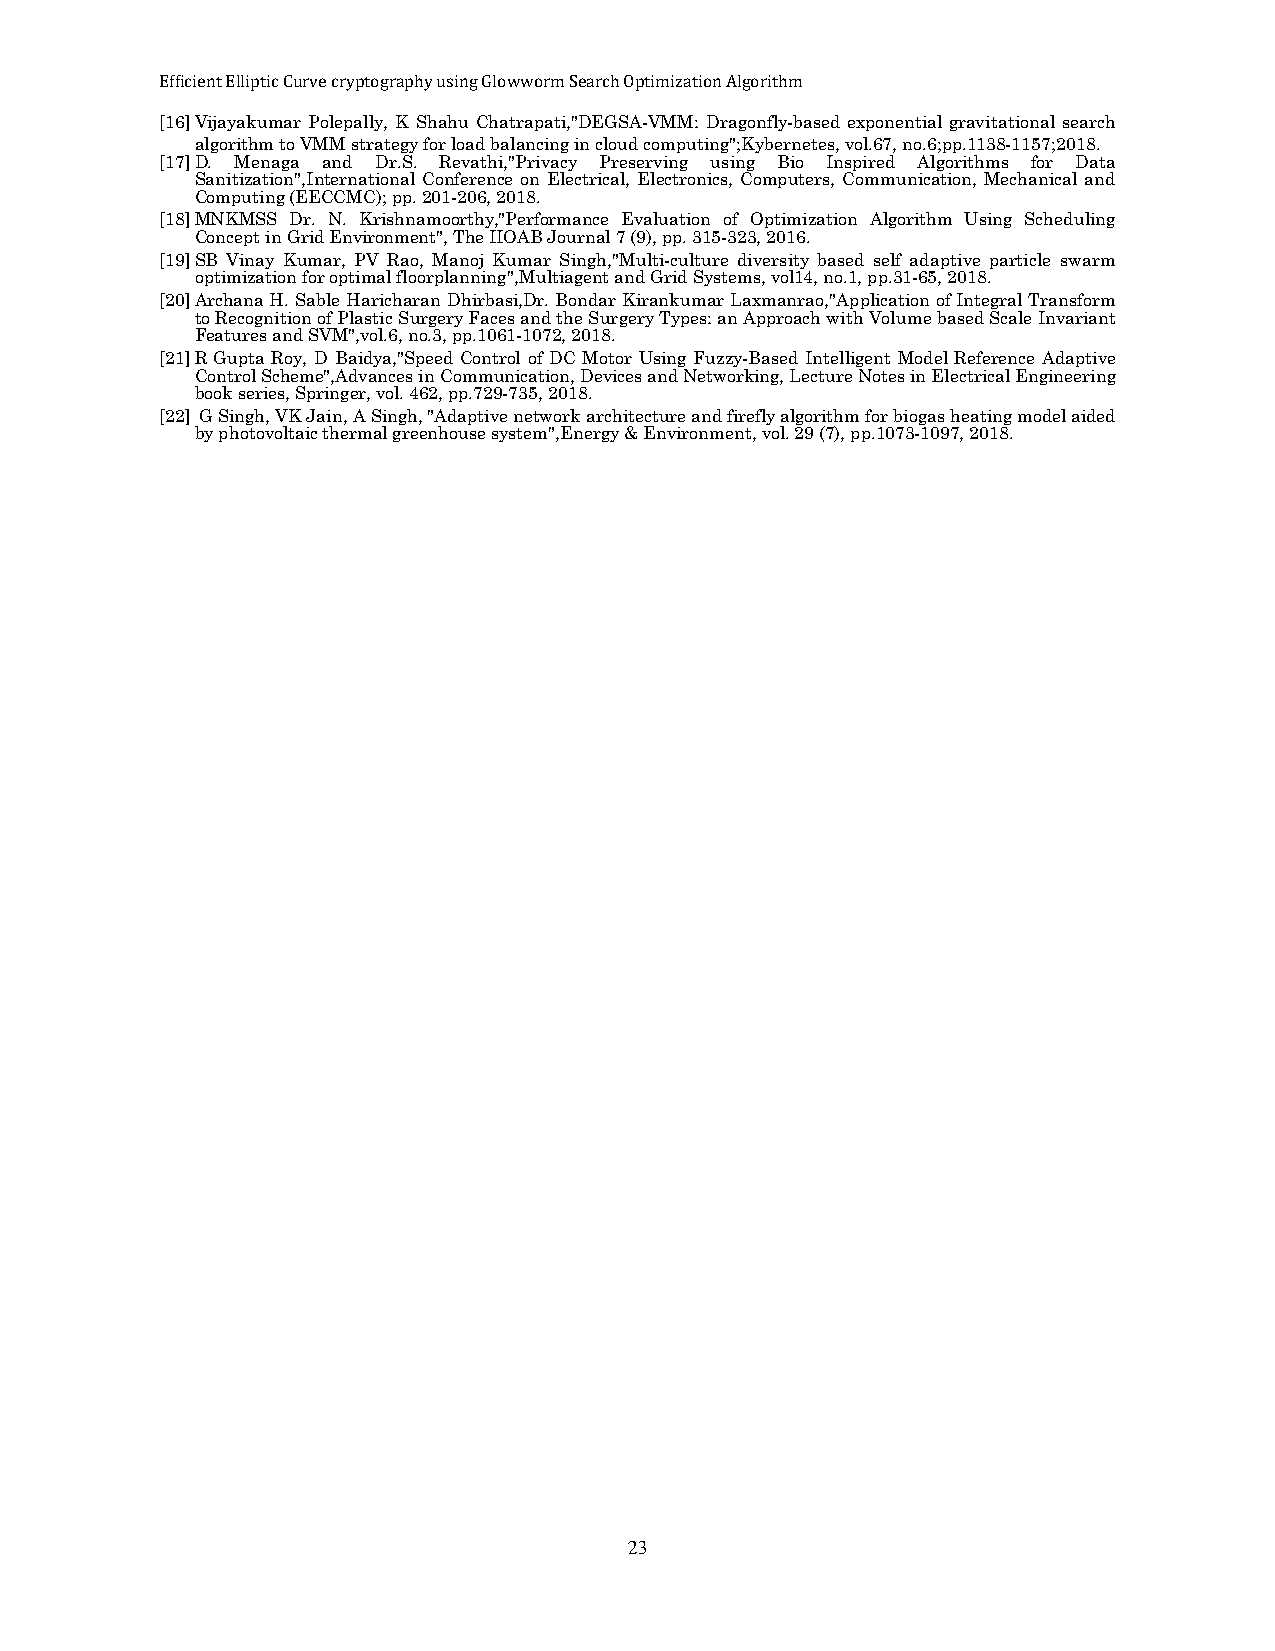
Efficient Elliptic Curve cryptography using Glowworm Search Optimization Algorithm
 [16] Vijayakumar Polepally, K Shahu Chatrapati,"DEGSA-VMM: Dragonfly-based exponential gravitational search
 algorithm to VMM strategy for load balancing in cloud computing";Kybernetes, vol.67, no.6;pp.1138-1157;2018.
 [17] D. Menaga and Dr.S. Revathi,"Privacy Preserving using Bio Inspired Algorithms for Data
 Sanitization",International Conference on Electrical, Electronics, Computers, Communication, Mechanical and
 Computing (EECCMC); pp. 201-206, 2018.
 [18] MNKMSS Dr. N. Krishnamoorthy,"Performance Evaluation of Optimization Algorithm Using Scheduling
 Concept in Grid Environment", The IIOAB Journal 7 (9), pp. 315-323, 2016.
 [19] SB Vinay Kumar, PV Rao, Manoj Kumar Singh,"Multi-culture diversity based self adaptive particle swarm
 optimization for optimal floorplanning",Multiagent and Grid Systems, vol14, no.1, pp.31-65, 2018.
 [20] Archana H. Sable Haricharan Dhirbasi,Dr. Bondar Kirankumar Laxmanrao,"Application of Integral Transform
 to Recognition of Plastic Surgery Faces and the Surgery Types: an Approach with Volume based Scale Invariant
 Features and SVM",vol.6, no.3, pp.1061-1072, 2018.
 [21] R Gupta Roy, D Baidya,"Speed Control of DC Motor Using Fuzzy-Based Intelligent Model Reference Adaptive
 Control Scheme",Advances in Communication, Devices and Networking, Lecture Notes in Electrical Engineering
 book series, Springer, vol. 462, pp.729-735, 2018.
 [22] G Singh, VK Jain, A Singh, "Adaptive network architecture and firefly algorithm for biogas heating model aided
 by photovoltaic thermal greenhouse system",Energy & Environment, vol. 29 (7), pp.1073-1097, 2018.
 23